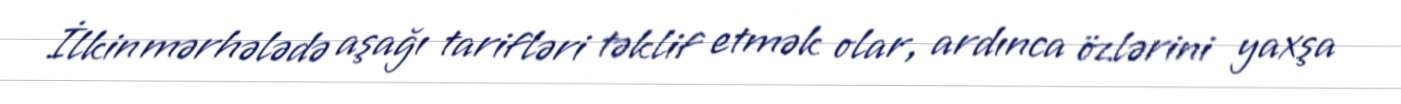
İlkin mərhələdə aşağı tarifləri təklif etmək olar, ardınca özlərini yaxşa